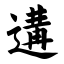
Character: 遘